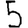
Digit: 5